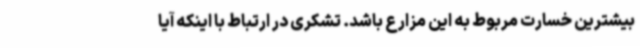
بیشترین خسارت مربوط به این مزارع باشد. تشکری در ارتباط با اینکه آیا